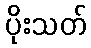
ပိုးသတ်